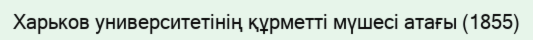
Харьков университетінің құрметті мүшесі атағы (1855)